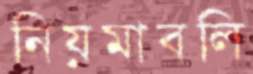
নিয়মাবলি